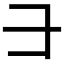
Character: ⺕